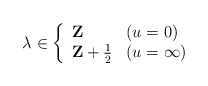
\begin{align*}\lambda\in\left\{ \begin{array}{ll} {\bf Z} & (u=0) \\ {\bf Z}+\frac12 & (u=\infty) \end{array}\right.\end{align*}